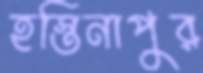
হস্তিনাপুর